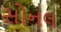
સોનલ